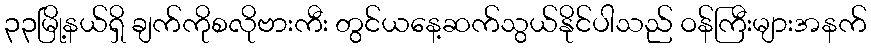
၃၃မြို့နယ်ရှိ ချက်ကိုစလိုဗားကီး တွင်ယနေ့ဆက်သွယ်နိုင်ပါသည် ဝန်ကြီးများအနက်